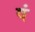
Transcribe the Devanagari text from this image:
षं